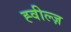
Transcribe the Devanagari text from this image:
ह्वील्ज़